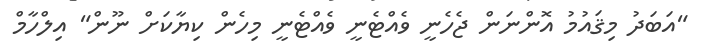
"އަބަދު މިޤައުމު އޮންނަން ޖެހެނީ ވެއްޓެނީ ވެއްޓެނީ މިހެން ކިޔާކަށް ނޫން" އިލްހާމް